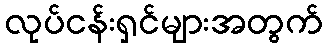
လုပ်ငန်းရှင်များအတွက်